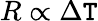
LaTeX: R\propto\Delta\mathtt{T}